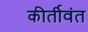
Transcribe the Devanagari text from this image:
कीर्तीवंत